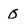
Character: O